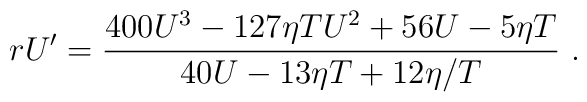
rU^\prime={400 U^3-127\eta T U^2+56 U-5\eta T\over 40U-13\eta T+{12\eta/ T}}~.